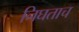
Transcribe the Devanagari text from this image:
निघताच